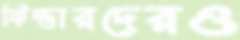
ফিল্ডারদেরও